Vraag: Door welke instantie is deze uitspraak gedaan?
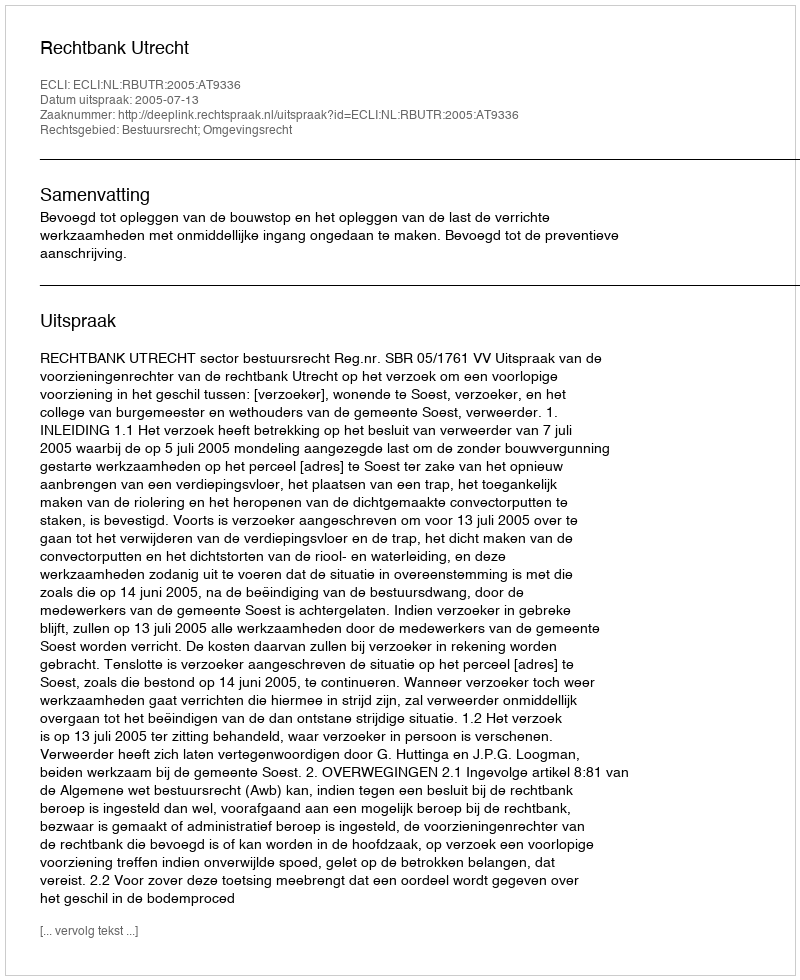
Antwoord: Rechtbank Utrecht